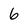
Character: 6